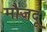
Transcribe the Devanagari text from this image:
मौजदू